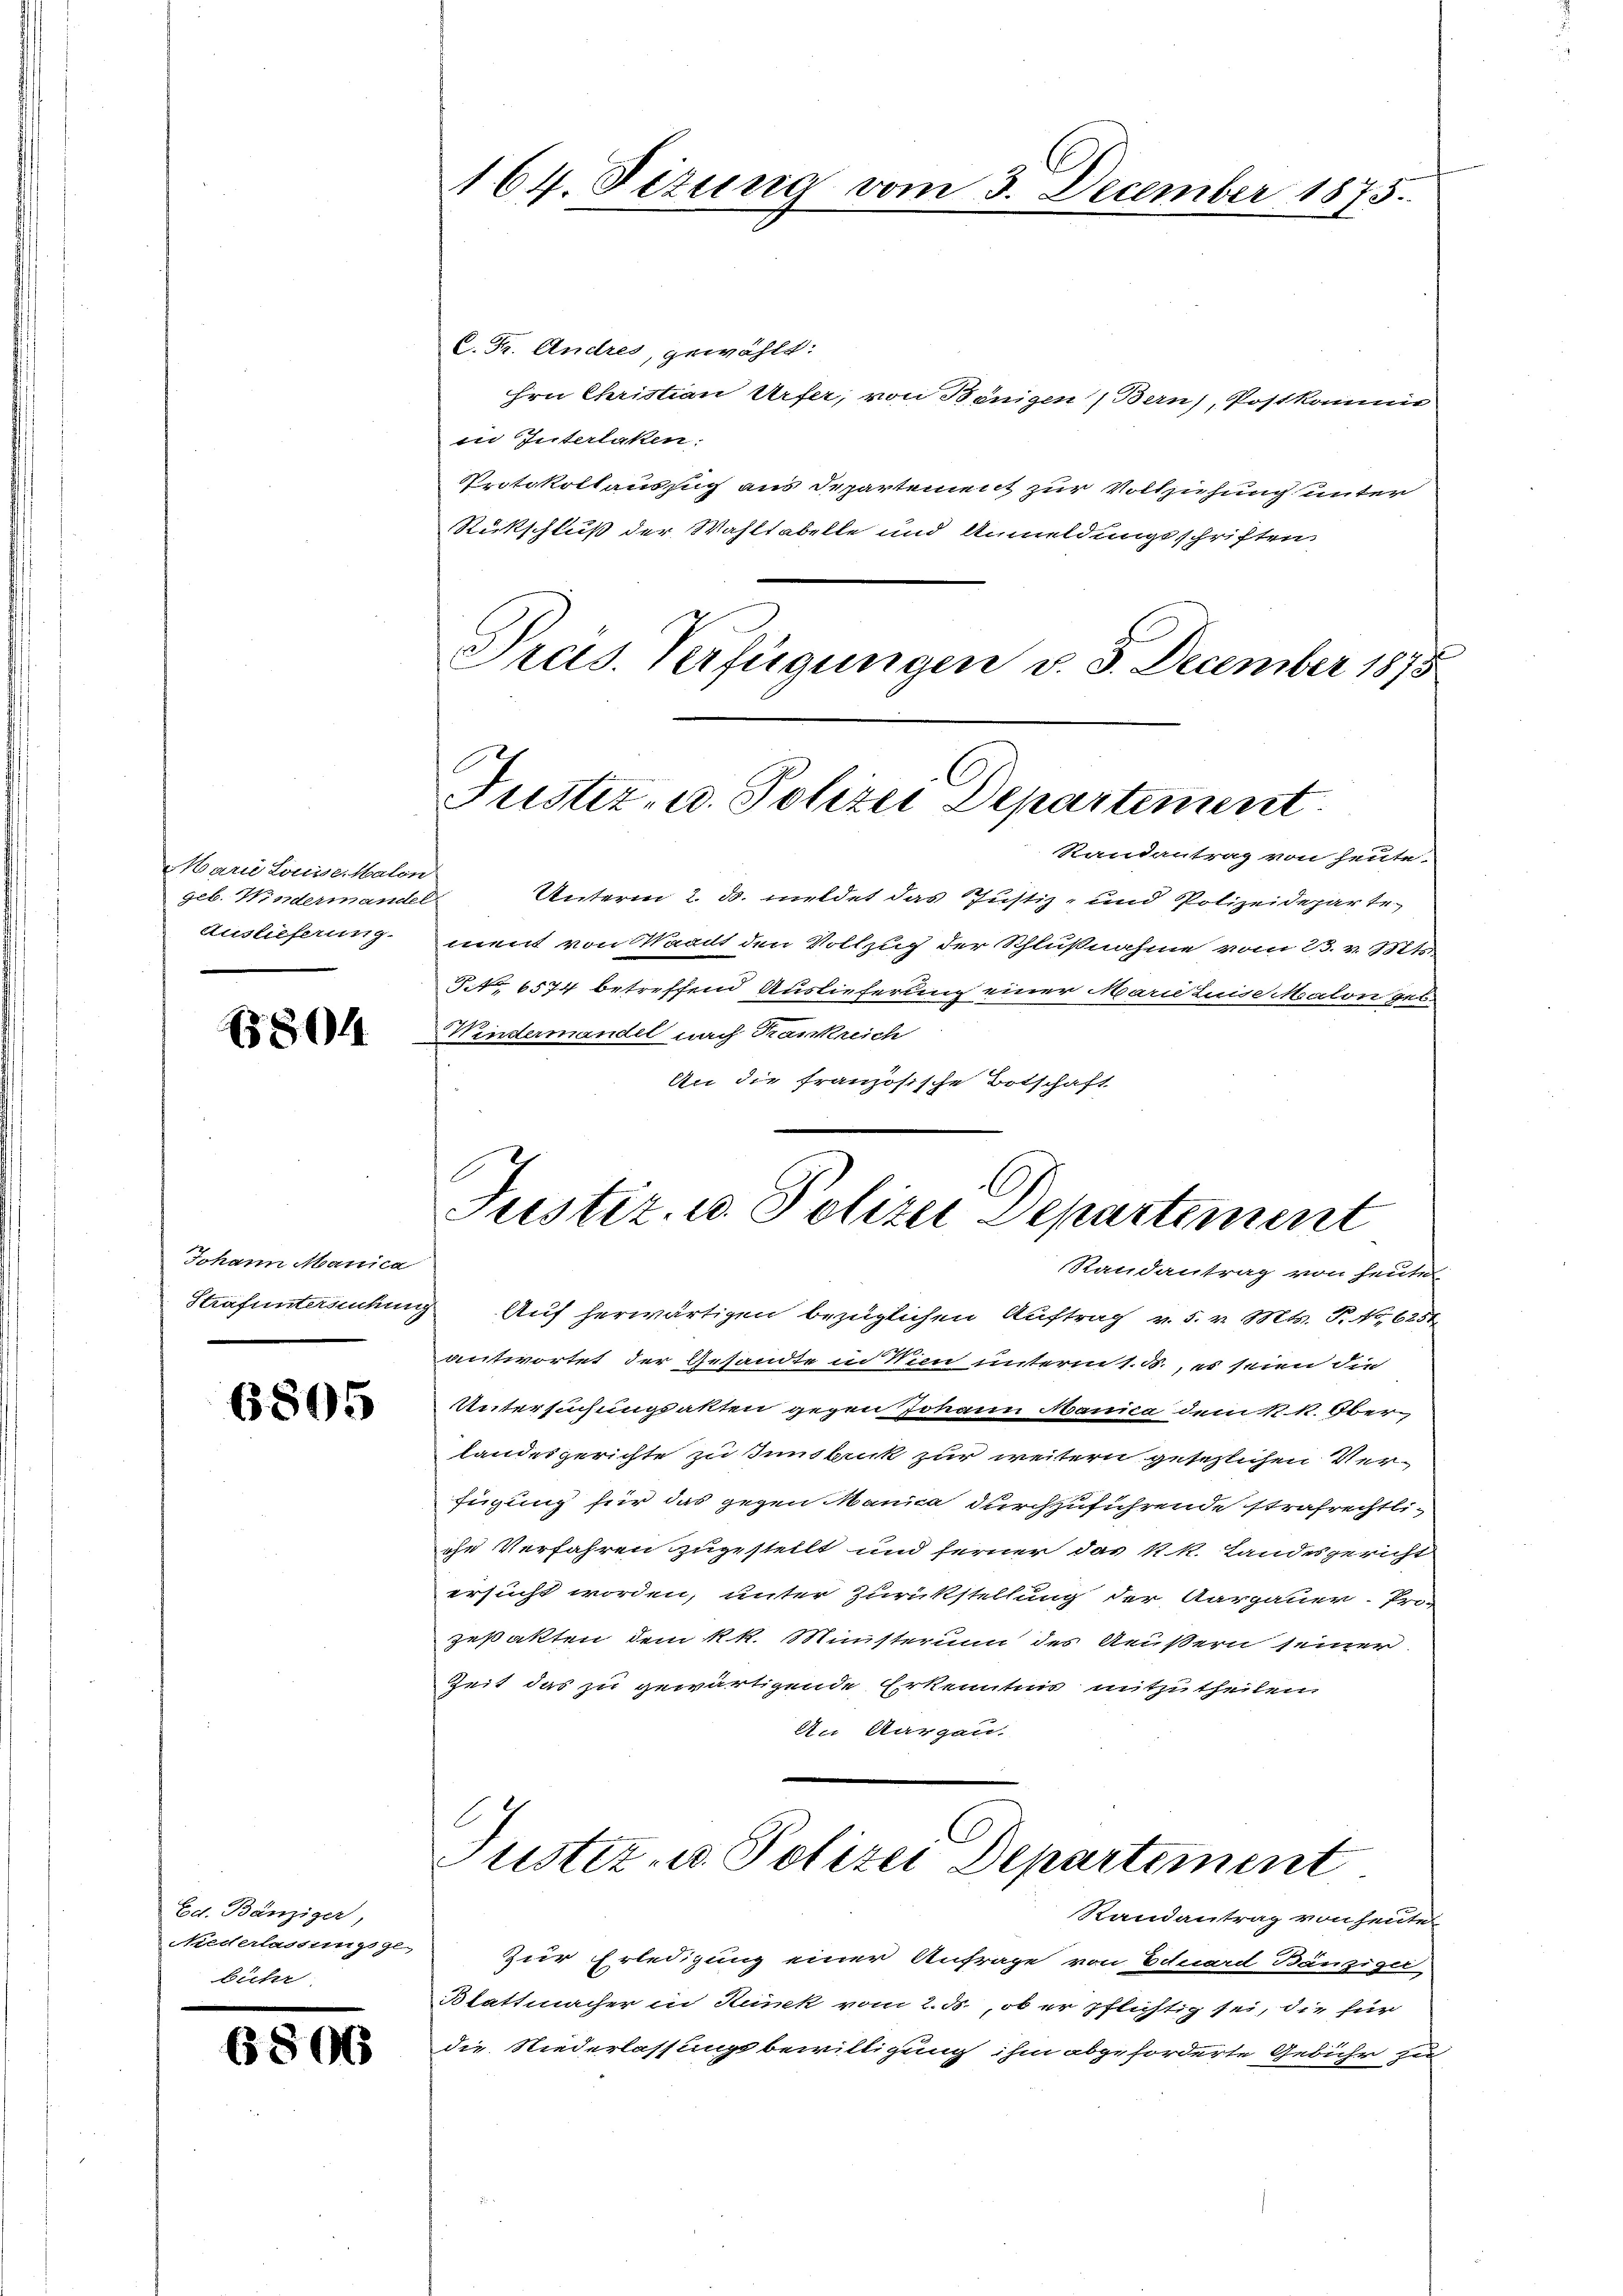
Marie Louise. Malon
geb. Hindermandel
Auslieferung.

1804

Johann Manica
.

6805

Ed. Bänziger,
Niederlassungsge-
buchr

6806

C. Fr. Andres, gewählt:
hrn Christian Urfer, von Bönigen Bern), Postkomme
in Interlaken:
Protokollaussuch aus Departement zur Vollziehung unter
Rückschluß der Wahltabelle und Anmeldungsschriften
Präs. Verfügungen v. 3. December 1875

164. Dezung vom 3. December 1875.

Justiz- u. Polizei Departement

Strafuntersuchung Auf herwärtigen bezüglichen Auftrag v. 5. v. Mts. T. No. 6251
antwortet der Gesandte in Wien unterm 1. M., es seien die
UUntersuchungsakten gegen Johann Manica dem 1. k. Ober
landesgerichte zu Innsbruck zur weitern gesezlichen Verfügung für das gegen Manica durchzuführende strafrechtliche Verfahren zugestellt und ferner das k. k. Landesgericht
ersucht worden, unter Zurükstellung der Aargauer Prozeßakten dem k. k. Ministerum des Aeußern seiner
Zeit das zu gewärtigende Erkenntnis mitzutheilen
An Aargau,

Randantrag von heute.
Unterm 2. d. mildet das Justiz- und Polizeideparte
ment von Waadt den Vollzug der Schlußnahme vom 23. v. Mts.
.No 6574 betreffend Auslieferung einer Marie Luise Malon geb.
Windermandel nach Krankreich
An die französische Botschaft

Justiz- u. Polizei Departement
Randantrag von heute

Justiz- u. Polizei Departement
Randantrag von heute

Zur Erledigung einer Anfrage von Eduard Bänziger
Blattmacher in Hunk vom 2. ds., ob er pflichtig sei, die für
die Niederlassungsbewilligung ihm abgeforderte Gebühr zu